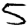
Digit: 5